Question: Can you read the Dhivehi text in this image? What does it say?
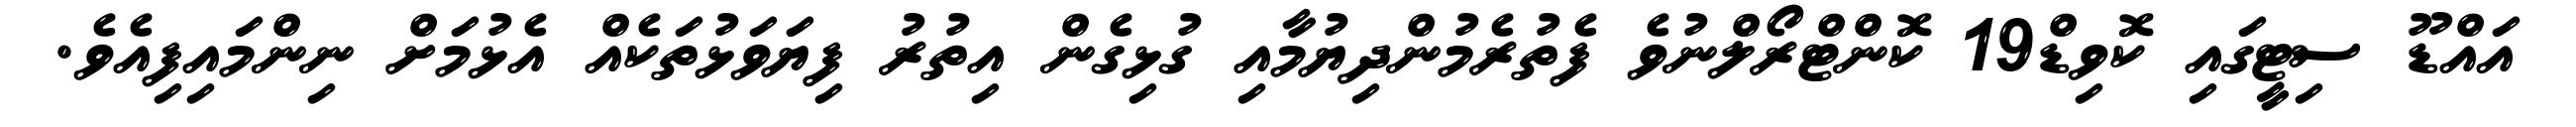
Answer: އައްޑޫ ސިޓީގައި ކޮވިޑް19 ކޮންޓްރޯލްނުވެ ފެތުރެމުންދިޔުމާއި ގުޅިގެން އިތުރު ފިޔަވަޅުތަކެއް އެޅުމަށް ނިންމައިފިއެވެ.